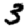
Digit: 3